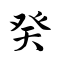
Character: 癸